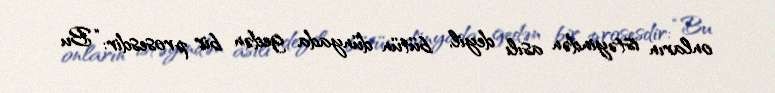
onların istəyindən asılı deyil, bütün dünyada gedən bir prosesdir: “Bu